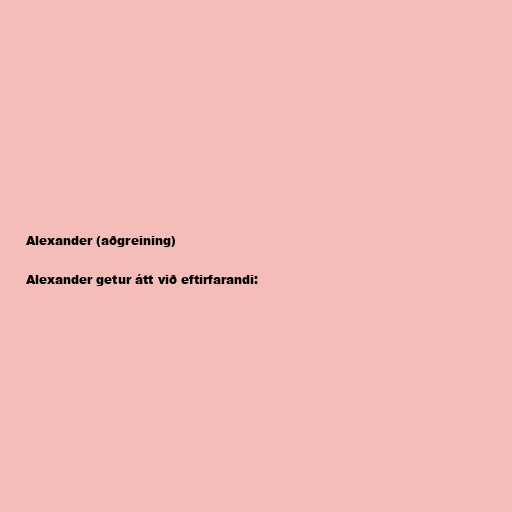
Alexander (aðgreining)

Alexander getur átt við eftirfarandi: